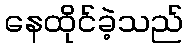
နေထိုင်ခဲ့သည်